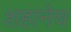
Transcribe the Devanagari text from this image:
शहानेच